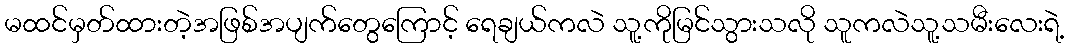
မထင်မှတ်ထားတဲ့အဖြစ်အပျက်တွေကြောင့် ရေချယ်ကလဲ သူ့ကိုမြင်သွားသလို သူကလဲသူ့သမီးလေးရဲ့